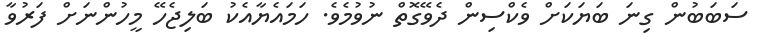
ސަބަބުން ގިނަ ބަޔަކަށް ވެކްސިން ދެވޭގޮތް ނުވުމެވެ. ހަމައެޔާއެކު ބަލިޖެހޭ މީހުންނަށް ފަރުވާ